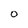
Character: O